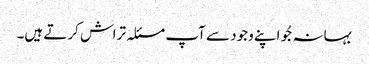
بہانہ جُو اپنے وجود سے آپ مسئلہ تراش کرتے ہیں۔